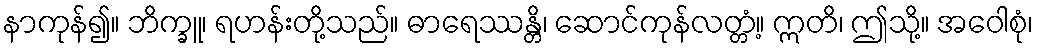
နာကုန်၍။ ဘိက္ခူ၊ ရဟန်းတို့သည်။ ဓာရေဿန္တိ၊ ဆောင်ကုန်လတ္တံ့။ ဣတိ၊ ဤသို့။ အဝေါစုံ၊